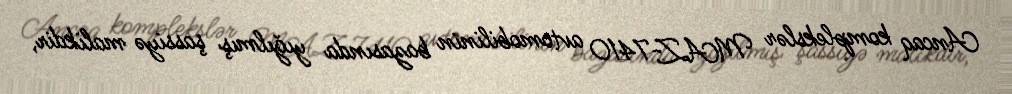
Ancaq komplekslər MAZ-7410 avtomobilinin bazasında yığılmış şassiyə malikdir,